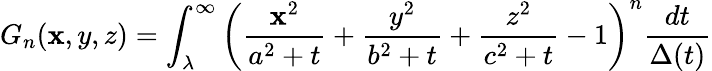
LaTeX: G_{n}(\mathbf{x},y,z)=\int_{\lambda}^{\infty}\left(\frac{{\mathbf{x}^{2}}}{{a^{2}+t}}+\frac{{y^{2}}}{{b^{2}+t}}+\frac{{z^{2}}}{{c^{2}+t}}-1\right)^{n}\frac{{dt}}{{\Delta(t)}}